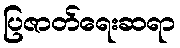
ပြဇာတ်ရေးဆရာ